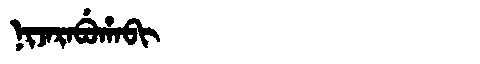
Manchu: ᠨᡳᠵᠠᡵᠠᠪᡠᡥᠠᠪᡳ
Romanization: NIJARABUHABI